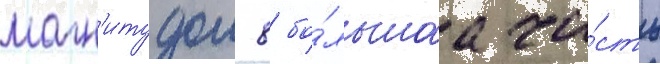
магн'итудои 8 бо́льшаа ча́сть